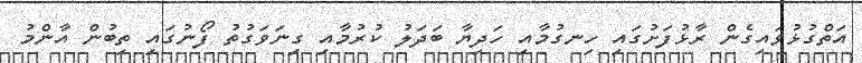
އަތްގުޅުވައިގެން ރާޅުފަށުގައި ހިނގުމާއި ހަދިޔާ ބަދަލު ކުރުމާއި ގިނަވަގުތު ފޯނުގައި ތިބުން އާންމު